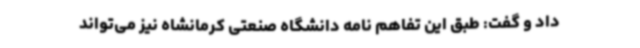
داد و گفت: طبق این تفاهم نامه دانشگاه صنعتی کرمانشاه نیز می‌تواند